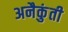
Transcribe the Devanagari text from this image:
अनैकुंती